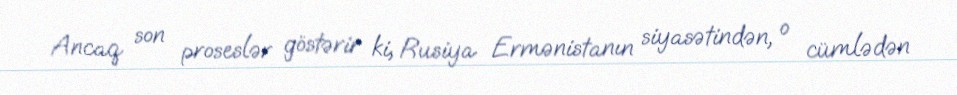
Ancaq son proseslər göstərir ki, Rusiya Ermənistanın siyasətindən, o cümlədən